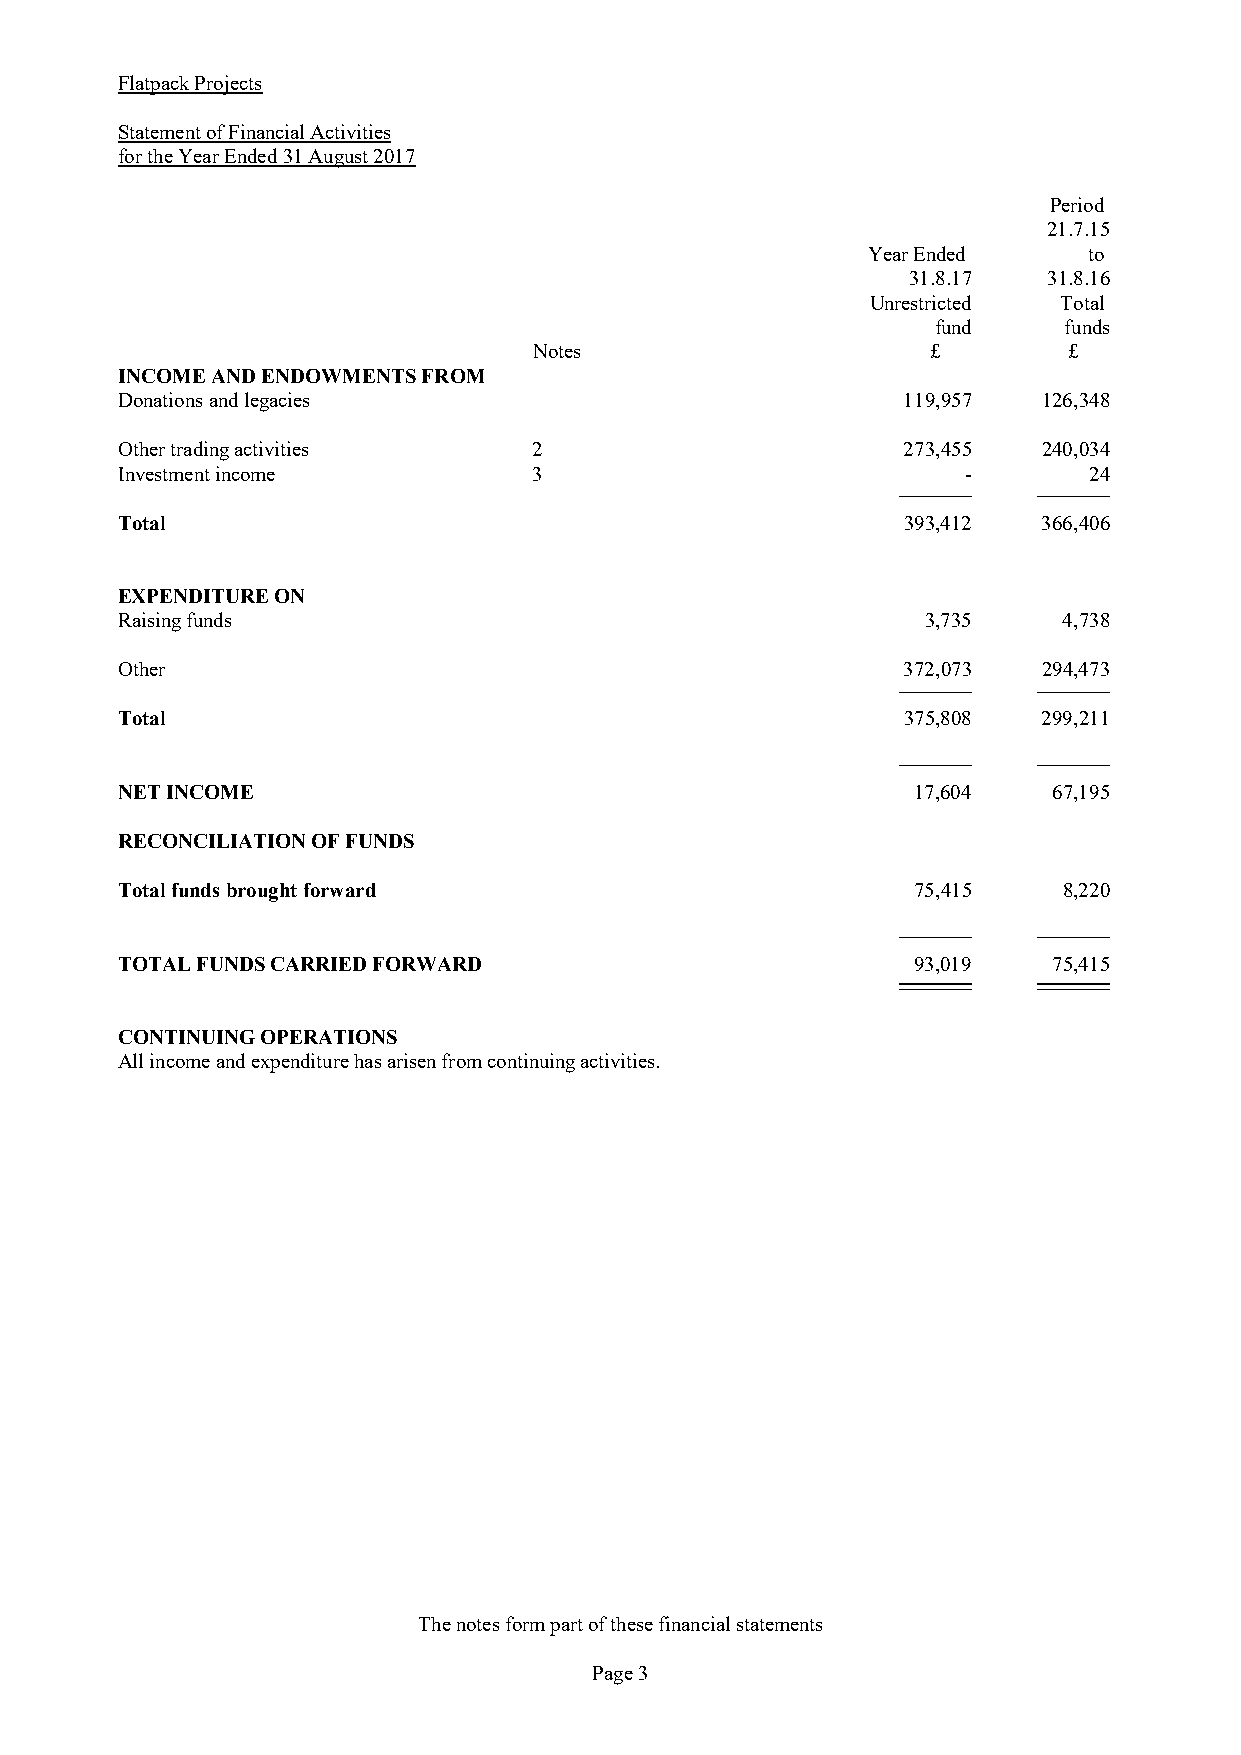
Flatpack Projects
 Statement of Financial Activities
 for the Year Ended 31 August 2017
 Period
 21.7.15
 Year Ended     to
 31.8.17  31.8.16
 Unrestricted Total
 fund    funds
 Notes                      £        £
 INCOME AND ENDOWMENTS FROM
 Donations and legacies                              119,957  126,348
 Other trading activities   2                        273,455  240,034
 Investment income          3                            -       24
 Total                                               393,412  366,406
 EXPENDITURE ON
 Raising funds                                        3,735    4,738
 Other                                               372,073  294,473
 Total                                               375,808  299,211
 NET INCOME                                          17,604    67,195
 RECONCILIATION OF FUNDS
 Total funds brought forward                         75,415    8,220
 TOTAL FUNDS CARRIED FORWARD                         93,019    75,415
 CONTINUING OPERATIONS
 All income and expenditure has arisen from continuing activities.
 The notes form part of these financial statements
 Page 3